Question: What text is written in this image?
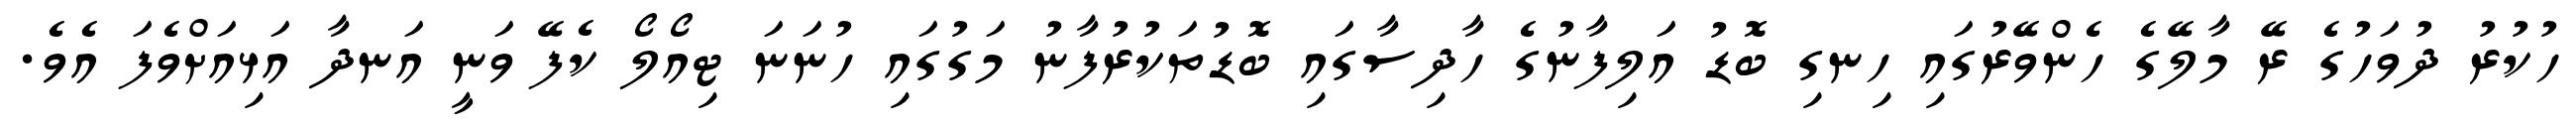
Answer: ހުކުރު ދުވަހުގެ ރޭ މާލޭގެ ހެންވޭރުގައި ހިނގި ބޮޑު އަލިފާނުގެ ހާދިސާގައި ބޮޑުތަކުރުފާނު މަގުގައި ހުނަނަ ޓިއޯލޯ ކެފޭ ވަނީ އަނދާ އަޅިއަށްވެފަ އެވެ.